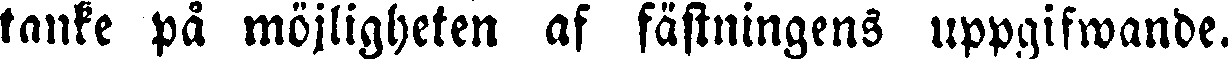
tanke på möjligheten af fästningens uppgifwande.